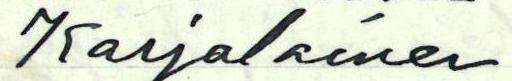
Karjalainen